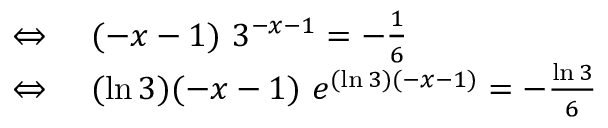
\begin{array} { r l } { \Leftrightarrow \ } & { { } ( - x - 1 ) \ 3 ^ { - x - 1 } = - { \frac { 1 } { 6 } } } \\ { \Leftrightarrow \ } & { { } ( \ln 3 ) ( - x - 1 ) \ e ^ { ( \ln 3 ) ( - x - 1 ) } = - { \frac { \ln 3 } { 6 } } } \end{array}